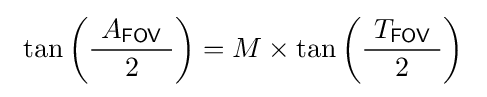
\ \tan \left({\frac {\ A_{\mathsf {FOV}}\ }{2}}\right)=M\times \tan \left({\frac {\ T_{\mathsf {FOV}}\ }{2}}\right)~